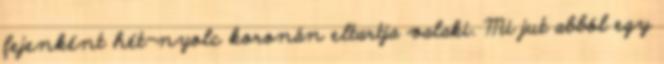
fejenként hét-nyolc koronán eltartja valaki. Mi jut abból egy